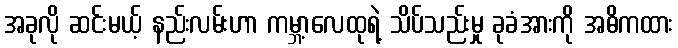
အခုလို ဆင်းမယ့် နည်းလမ်းဟာ ကမ္ဘာ့လေထုရဲ့ သိပ်သည်းမှု ခုခံအားကို အဓိကထား